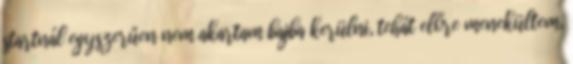
startnál egyszerűen nem akartam bajba kerülni, tehát előre menekültem,